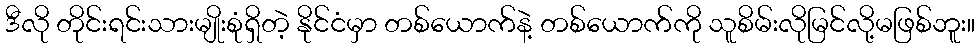
ဒီလို တိုင်းရင်းသားမျိုးစုံရှိတဲ့ နိုင်ငံမှာ တစ်ယောက်နဲ့ တစ်ယောက်ကို သူစိမ်းလိုမြင်လို့မဖြစ်ဘူး။